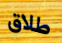
طلاق